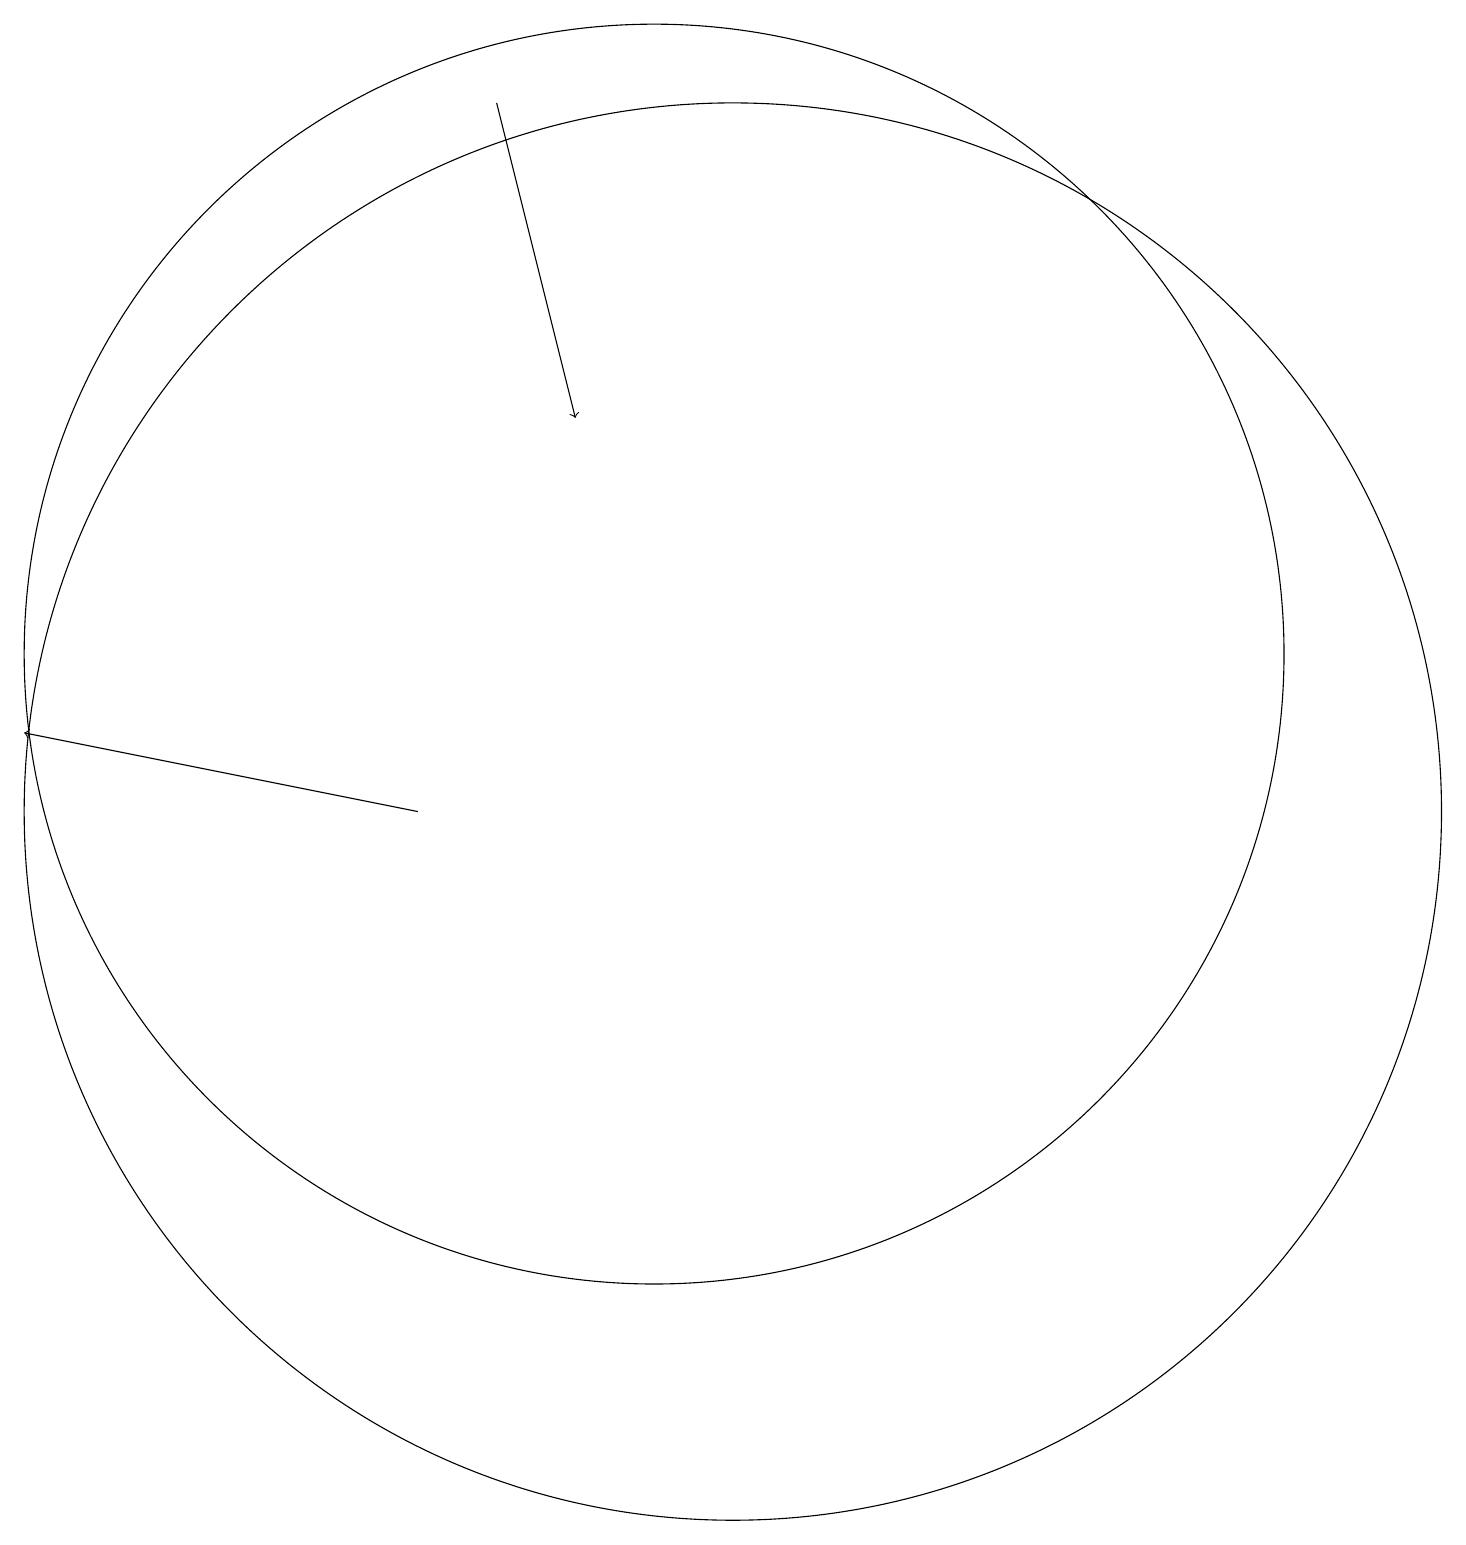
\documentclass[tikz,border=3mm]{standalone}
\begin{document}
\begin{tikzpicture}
\draw (11,10) circle (9);
\draw (10,12) circle (8);
\draw[->] (7,10) -- (2,11);
\draw[->] (8,19) -- (9,15);
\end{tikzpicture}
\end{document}